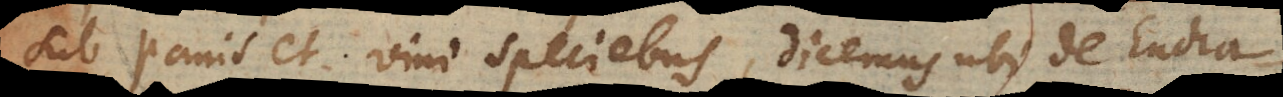
sub panis et vini speciebus, dicemus ubi de Euchar